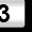
Digit: 3